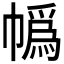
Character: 𪩼